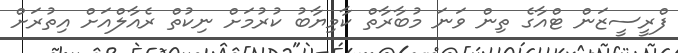
ފްރީސީޒަން ޓްއާގެ ތިން ވަނަ މުބާރާތް ކާމިޔާބު ކުރުމަށް ނިކުތް ރެއާލްއަށް އިތުރަށް